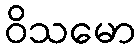
ဝိသမော